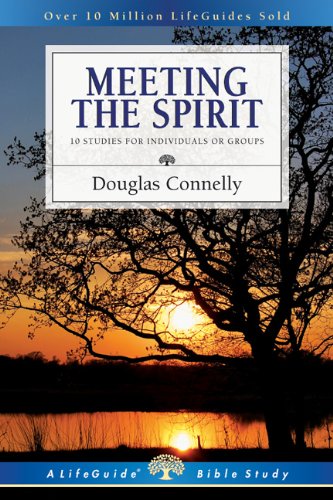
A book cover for Meeting the Spirit (Lifeguide Bible Studies); Douglas Connelly; Christian Books & Bibles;